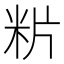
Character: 𥸺